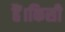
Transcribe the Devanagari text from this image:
हैं।किसी